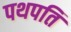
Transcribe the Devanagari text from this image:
पथपति